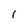
Character: l